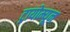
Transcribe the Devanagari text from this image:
ट्रायोम्यून